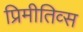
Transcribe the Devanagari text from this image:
प्रिमीतिव्स